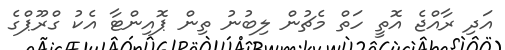
އަދި ރާއްޖެ އޮތީ ހަތް މެޗުން ލިބުނު ތިން ޕޮއިންޓާ އެކު ގްރޫޕްގެ